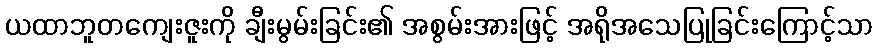
ယထာဘူတကျေးဇူးကို ချီးမွမ်းခြင်း၏ အစွမ်းအားဖြင့် အရိုအသေပြုခြင်းကြောင့်သာ